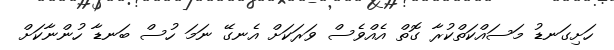
ހަށިގަނޑު މަސައްކަތްކުރާ ގޮތް އެއްވެސް ވަރަކަށް އެނގޭ ނަމަ ހުސް ބަނޑާ ހުންނާކަށް